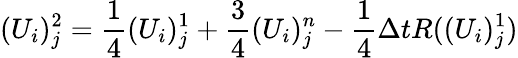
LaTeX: (U_{i})_{j}^{2}=\frac{1}{4}(U_{i})_{j}^{1}+\frac{3}{4}(U_{i})_{j}^{n}-\frac{1}{4}\Delta tR((U_{i})_{j}^{1})